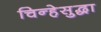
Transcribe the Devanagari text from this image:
चिन्हेसुद्धा